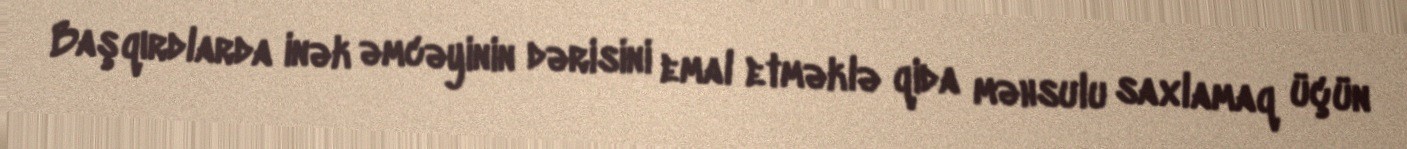
Başqırdlarda inək əmcəyinin dərisini emal etməklə qida məhsulu saxlamaq üçün